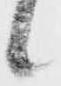
候